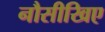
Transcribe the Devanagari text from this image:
नौसीखिए